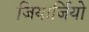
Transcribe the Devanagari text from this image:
जियार्जियो